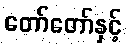
တော်တော်နှင့်